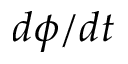
d \phi / d t